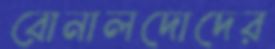
রোনালদোদের